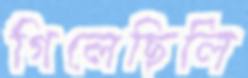
গিলেছিলি